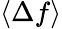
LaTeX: \langle\Delta f\rangle